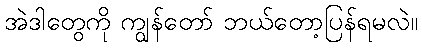
အဲဒါတွေကို ကျွန်တော် ဘယ်တော့ပြန်ရမလဲ။